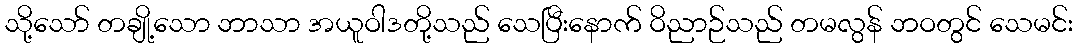
သို့သော် တချို့သော ဘာသာ အယူဝါဒတို့သည် သေပြီးနောက် ဝိညာဉ်သည် တမလွန် ဘဝတွင် သေမင်း